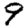
Digit: 9